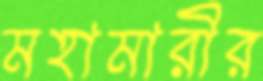
মহামারীর